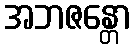
အဘဇန္တော